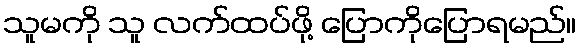
သူမကို သူ လက်ထပ်ဖို့ ပြောကိုပြောရမည်။